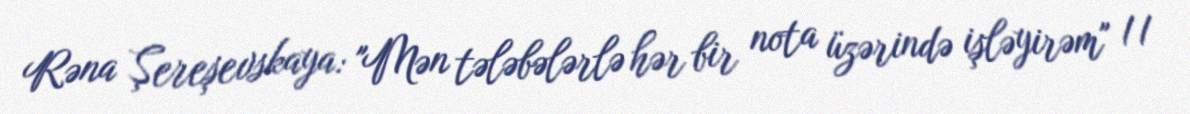
Rəna Şereşevskaya: "Mən tələbələrlə hər bir nota üzərində işləyirəm" //